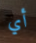
أي